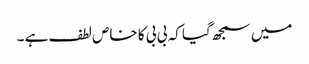
میں سمجھ گیا کہ بی بی کا خاص لطف ہے ۔